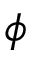
\phi